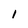
Character: 1